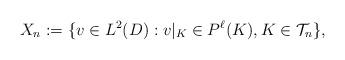
LaTeX: \begin{align*}X_n:=\{ v \in L^2(D) : v|_{K} \in P^\ell(K), K \in {\mathcal T}_n \},\end{align*}